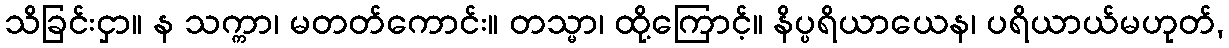
သိခြင်းငှာ။ န သက္ကာ၊ မတတ်ကောင်း။ တသ္မာ၊ ထို့ကြောင့်။ နိပ္ပရိယာယေန၊ ပရိယာယ်မဟုတ်,